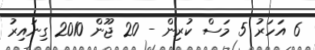
6 އަހަރު 5 މަސް ކުރިން - 20 ޖޫން 2010 ގިނައިރު